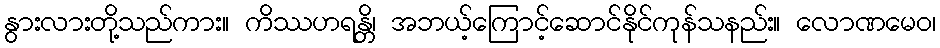
နွားလားတို့သည်ကား။ ကိဿဟရန္တိ၊ အဘယ့်ကြောင့်ဆောင်နိုင်ကုန်သနည်း။ လောဏမေဝ၊